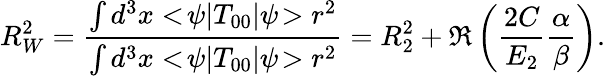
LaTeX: R_{W}^{2}={\frac{\int d^{3}x<\! \psi|T_{00}|\psi\! >r^{2}}{\int d^{3}x<\! \psi|T_{00}|\psi\! >r^{2}}}=R_{2}^{2}+\Re\left({\frac{2C}{E_{2}}}{\frac{\alpha}{\beta}}\right).